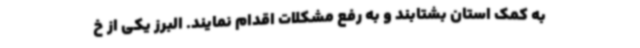
به کمک استان بشتابند و به رفع مشکلات اقدام نمایند. البرز یکی از خ